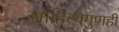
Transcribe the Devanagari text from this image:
साहित्यगुणही